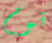
توم